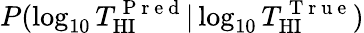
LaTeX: P(\log_{10}T_{\mathrm{HI}}^{\mathrm{~P~r~e~d~}}|\log_{10}T_{\mathrm{HI}}^{\mathrm{~T~r~u~e~}})